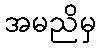
အမညိမှ